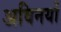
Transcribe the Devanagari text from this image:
अविनयों